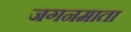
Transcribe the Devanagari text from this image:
जगनमाता